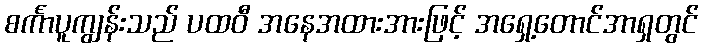
စင်္ကာပူကျွန်းသည် ပထဝီ အနေအထားအားဖြင့် အရှေ့တောင်အာရှတွင်